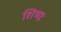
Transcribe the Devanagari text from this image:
शिष्यः